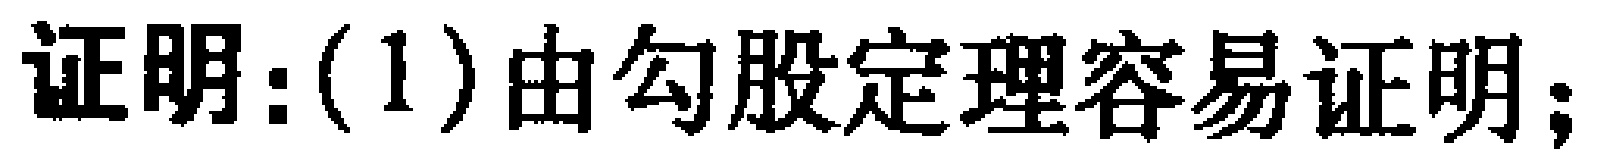
证明：(1)由勾股定理容易证明；